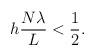
LaTeX: \begin{align*}h \frac{N \lambda}{L} < \frac{1}{2}.\end{align*}